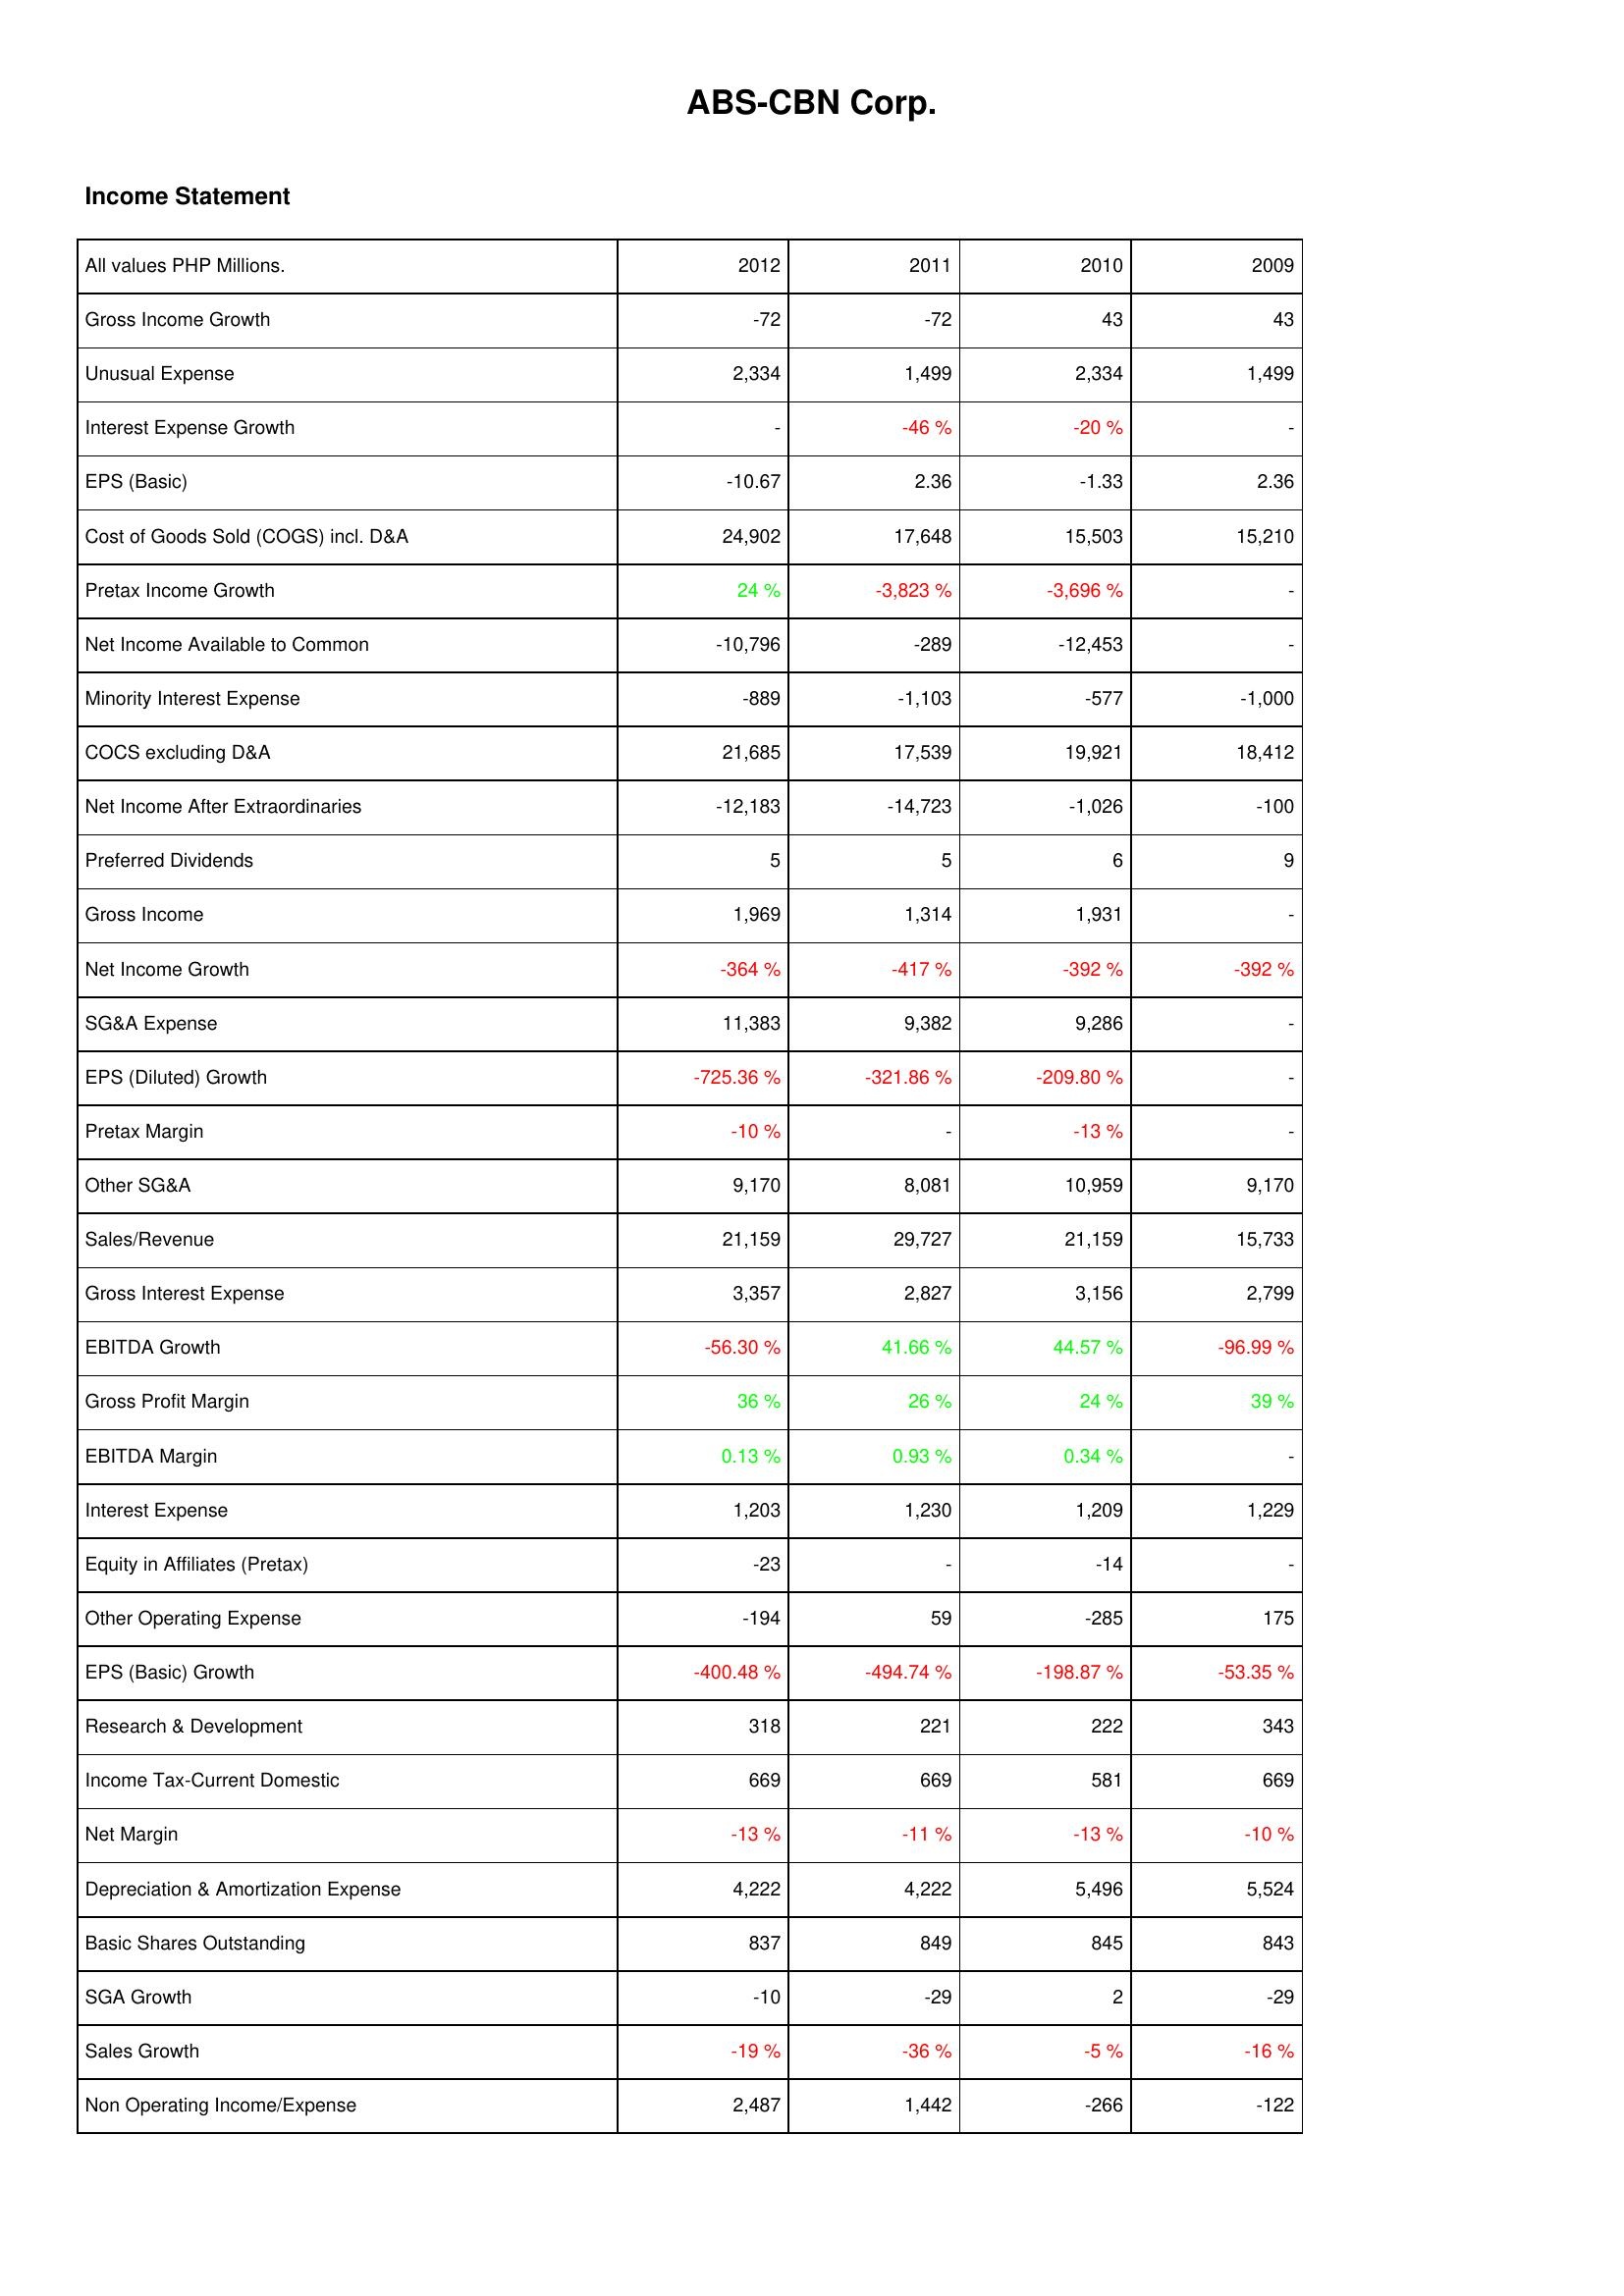
2012: Income Statement: Gross Income Growth: -72
Unusual Expense: 2,334
Interest Expense Growth: -
EPS (Basic): -10.67
Cost of Goods Sold (COGS) incl. D&A: 24,902
Pretax Income Growth: 24 %
Net Income Available to Common: -10,796
Minority Interest Expense: -889
COCS excluding D&A: 21,685
Net Income After Extraordinaries: -12,183
Preferred Dividends: 5
Gross Income: 1,969
Net Income Growth: -364 %
SG&A Expense: 11,383
EPS (Diluted) Growth: -725.36 %
Pretax Margin: -10 %
Other SG&A: 9,170
Sales/Revenue: 21,159
Gross Interest Expense: 3,357
EBITDA Growth: -56.30 %
Gross Profit Margin: 36 %
EBITDA Margin: 0.13 %
Interest Expense: 1,203
Equity in Affiliates (Pretax): -23
Other Operating Expense: -194
EPS (Basic) Growth: -400.48 %
Research & Development: 318
Income Tax-Current Domestic: 669
Net Margin: -13 %
Depreciation & Amortization Expense: 4,222
Basic Shares Outstanding: 837
SGA Growth: -10
Sales Growth: -19 %
Non Operating Income/Expense: 2,487
2011: Income Statement: Gross Income Growth: -72
Unusual Expense: 1,499
Interest Expense Growth: -46 %
EPS (Basic): 2.36
Cost of Goods Sold (COGS) incl. D&A: 17,648
Pretax Income Growth: -3,823 %
Net Income Available to Common: -289
Minority Interest Expense: -1,103
COCS excluding D&A: 17,539
Net Income After Extraordinaries: -14,723
Preferred Dividends: 5
Gross Income: 1,314
Net Income Growth: -417 %
SG&A Expense: 9,382
EPS (Diluted) Growth: -321.86 %
Pretax Margin: -
Other SG&A: 8,081
Sales/Revenue: 29,727
Gross Interest Expense: 2,827
EBITDA Growth: 41.66 %
Gross Profit Margin: 26 %
EBITDA Margin: 0.93 %
Interest Expense: 1,230
Equity in Affiliates (Pretax): -
Other Operating Expense: 59
EPS (Basic) Growth: -494.74 %
Research & Development: 221
Income Tax-Current Domestic: 669
Net Margin: -11 %
Depreciation & Amortization Expense: 4,222
Basic Shares Outstanding: 849
SGA Growth: -29
Sales Growth: -36 %
Non Operating Income/Expense: 1,442
2010: Income Statement: Gross Income Growth: 43
Unusual Expense: 2,334
Interest Expense Growth: -20 %
EPS (Basic): -1.33
Cost of Goods Sold (COGS) incl. D&A: 15,503
Pretax Income Growth: -3,696 %
Net Income Available to Common: -12,453
Minority Interest Expense: -577
COCS excluding D&A: 19,921
Net Income After Extraordinaries: -1,026
Preferred Dividends: 6
Gross Income: 1,931
Net Income Growth: -392 %
SG&A Expense: 9,286
EPS (Diluted) Growth: -209.80 %
Pretax Margin: -13 %
Other SG&A: 10,959
Sales/Revenue: 21,159
Gross Interest Expense: 3,156
EBITDA Growth: 44.57 %
Gross Profit Margin: 24 %
EBITDA Margin: 0.34 %
Interest Expense: 1,209
Equity in Affiliates (Pretax): -14
Other Operating Expense: -285
EPS (Basic) Growth: -198.87 %
Research & Development: 222
Income Tax-Current Domestic: 581
Net Margin: -13 %
Depreciation & Amortization Expense: 5,496
Basic Shares Outstanding: 845
SGA Growth: 2
Sales Growth: -5 %
Non Operating Income/Expense: -266
2009: Income Statement: Gross Income Growth: 43
Unusual Expense: 1,499
Interest Expense Growth: -
EPS (Basic): 2.36
Cost of Goods Sold (COGS) incl. D&A: 15,210
Pretax Income Growth: -
Net Income Available to Common: -
Minority Interest Expense: -1,000
COCS excluding D&A: 18,412
Net Income After Extraordinaries: -100
Preferred Dividends: 9
Gross Income: -
Net Income Growth: -392 %
SG&A Expense: -
EPS (Diluted) Growth: -
Pretax Margin: -
Other SG&A: 9,170
Sales/Revenue: 15,733
Gross Interest Expense: 2,799
EBITDA Growth: -96.99 %
Gross Profit Margin: 39 %
EBITDA Margin: -
Interest Expense: 1,229
Equity in Affiliates (Pretax): -
Other Operating Expense: 175
EPS (Basic) Growth: -53.35 %
Research & Development: 343
Income Tax-Current Domestic: 669
Net Margin: -10 %
Depreciation & Amortization Expense: 5,524
Basic Shares Outstanding: 843
SGA Growth: -29
Sales Growth: -16 %
Non Operating Income/Expense: -122